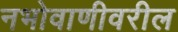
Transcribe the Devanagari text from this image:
नभोवाणीवरील